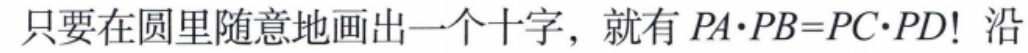
只要在圆里随意地画出一个十字，就有 \(PA\cdot PB = PC\cdot PD\)！沿